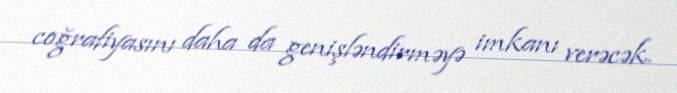
coğrafiyasını daha da genişləndirməyə imkanı verəcək.